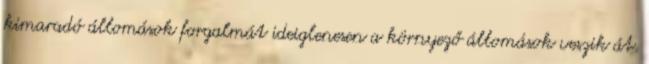
kimaradó állomások forgalmát ideiglenesen a környező állomások veszik át.